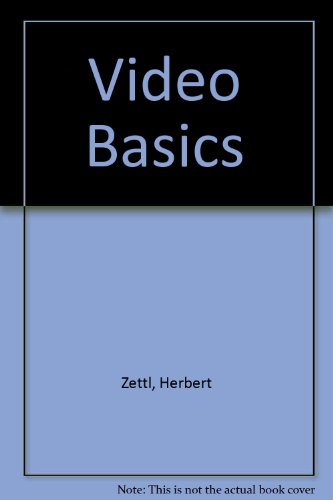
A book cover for Video Basics (Radio/TV/Film); Herbert Zettl; Humor & Entertainment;